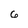
Character: 6